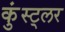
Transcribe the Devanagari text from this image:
कुंस्ट्लर